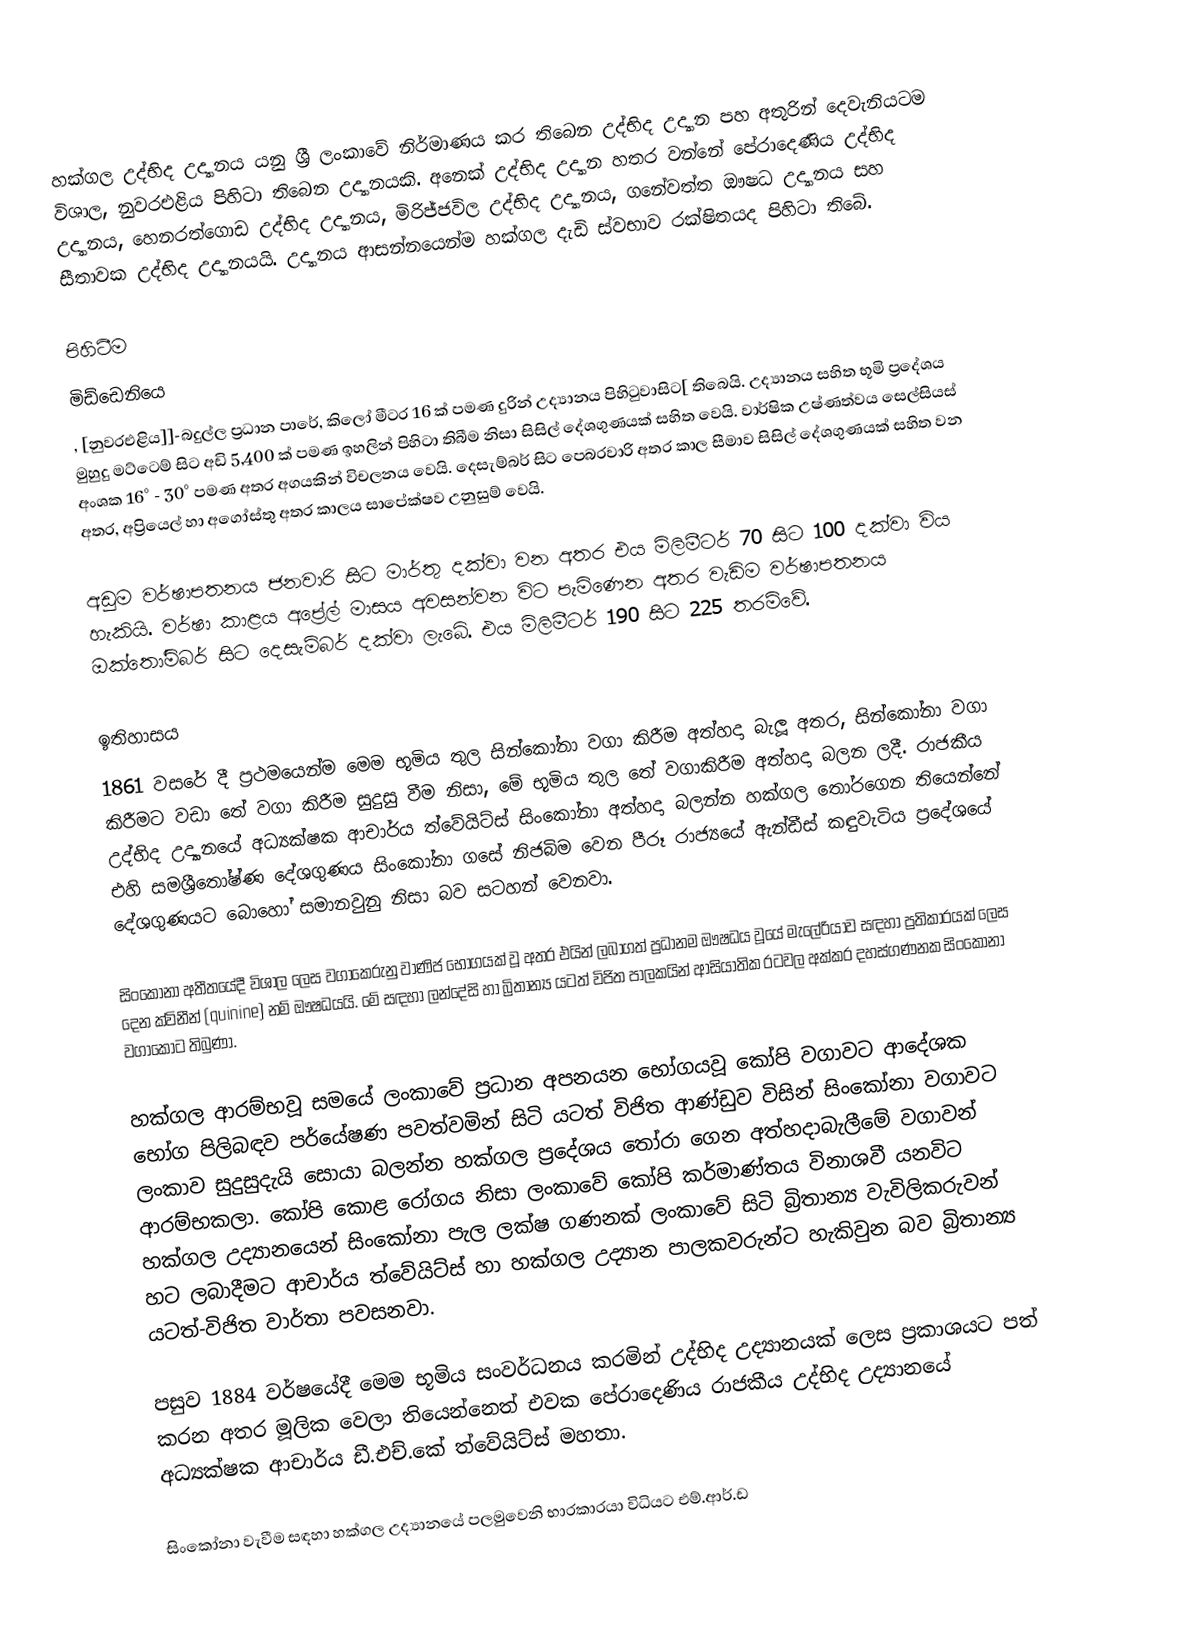
හක්ගල උද්භිද උද්‍යානය යනු ශ්‍රී ලංකාවේ නිර්මාණය කර තිබෙන උද්භිද උද්‍යාන පහ අතුරින් දෙවැනියටම විශාල, නුවරඑළිය පිහිටා තිබෙන උද්‍යානයකි. අනෙක් උද්භිද උද්‍යාන හතර වන්නේ පේරාදෙණිය උද්භිද උද්‍යානය, හෙනරත්ගොඩ උද්භිද උද්‍යානය, මිරිජ්ජවිල උද්භිද උද්‍යානය, ගනේවත්ත ඖෂධ උද්‍යානය සහ සීතාවක උද්භිද උද්‍යානයයි. උද්‍යානය ආසන්නයෙන්ම හක්ගල දැඩි ස්වභාව රක්ෂිතයද පිහිටා තිබේ.

පිහිටීම
මිඩ්ඩෙනියෙ
 , [නුවරඑළිය]]-බදුල්ල ප්‍රධාන පාරේ, කිලෝ මීටර 16 ක් පමණ දුරින් උද්‍යානය පිහිටුවාසිට[ තිබෙයි. උද්‍යානය සහිත භූමි ප්‍රදේශය මුහුදු මට්ටෙම් සිට අඩි 5,400 ක් පමණ ඉහලින් පිහිටා තිබීම නිසා සිසිල් දේශගුණයක් සහිත වෙයි. වාර්ෂික උෂ්ණත්වය සෙල්සියස් අංශක 16° - 30° පමණ අතර අගයකින් විචලනය වෙයි. දෙසැම්බර් සිට පෙබරවාරි අතර කාල සීමාව සිසිල් දේශගුණයක් සහිත වන අතර, අප්‍රියෙල් හා අගෝස්තු අතර කාලය සාපේක්ෂව උනුසුම් වෙයි.

අඩුම වර්ෂාපතනය ජනවාරි සිට මාර්තු දක්වා වන අතර එය මිලිමීටර් 70 සිට 100 දක්වා විය හැකියි. වර්ෂා කාළය අප්‍රේල් මාසය අවසන්වන විට පැමිණෙන අතර වැඩිම වර්ෂාපතනය ඔක්තෝම්බර් සිට දෙසැම්බර් දක්වා ලැබේ. එය මිලිමීටර් 190 සිට 225 තරම්වේ.

ඉතිහාසය
1861 වසරේ දී ප්‍රථමයෙන්ම මෙම භූමිය තුල සින්කෝනා වගා කිරීම අත්හදා බැලූ අතර, සින්කෝනා වගා කිරීමට වඩා තේ වගා කිරීම සුදුසු වීම නිසා, මේ භූමිය තුල තේ වගාකිරීම අත්හදා බලන ලදී. රාජකීය උද්භිද උද්‍යානයේ අධ්‍යක්ෂක ආචාර්ය ත්වේයිට්ස් සිංකෝනා අත්හදා බලන්න හක්ගල තෝරගෙන තියෙන්නේ එහි සමශ්‍රීතෝෂ්ණ දේශගුණය සිංකෝනා ගසේ නිජබිම වෙන පීරූ රාජ්‍යයේ ඇන්ඩීස් කඳුවැටිය ප්‍රදේශයේ දේශගුණයට බොහෝ සමානවුනු නිසා බව සටහන් වෙනවා.

සිංකෝනා අතීතයේදී විශාල ලෙස වගාකෙරුනු වාණිජ භෝගයක් වූ අතර එයින් ලබාගත් ප්‍රධානම ඖෂධය වූයේ මැලේරියාව සඳහා ප්‍රතිකාරයක් ලෙස දෙන ක්විනීන් (quinine) නම් ඖෂධයයි. මේ සඳහා ලන්දේසි හා බ්‍රිතාන්‍ය යටත් විජිත පාලකයින් ආසියාතික රටවල අක්කර දහස්ගණනක සිංකෝනා වගාකොට තිබුණා.

හක්ගල ආරම්භවූ සමයේ ලංකාවේ ප්‍රධාන අපනයන භෝගයවූ කෝපි වගාවට ආදේශක භෝග පිලිබඳව පර්යේෂණ පවත්වමින් සිටි යටත් විජිත ආණ්ඩුව විසින් සිංකෝනා වගාවට ලංකාව සුදුසුදැයි සොයා බලන්න හක්ගල ප්‍රදේශය තෝරා ගෙන අත්හදාබැලීමේ වගාවන් ආරම්භකලා. කෝපි කොළ රෝගය නිසා ලංකාවේ කෝපි කර්මාණ්තය විනාශවී යනවිට හක්ගල උද්‍යානයෙන් සිංකෝනා පැල ලක්ෂ ගණනක් ලංකාවේ සිටි බ්‍රිතාන්‍ය වැවිලිකරුවන් හට ලබාදීමට ආචාර්ය ත්වේයිට්ස් හා හක්ගල උද්‍යාන පාලකවරුන්ට හැකිවුන බව බ්‍රිතාන්‍ය යටත්-විජිත වාර්තා පවසනවා.

පසුව 1884 වර්ෂයේදී මෙම භූමිය සංවර්ධනය කරමින් උද්භිද උද්‍යානයක් ලෙස ප්‍රකාශයට පත් කරන අතර  මූලික වෙලා තියෙන්නෙත් එවක පේරාදෙණිය රාජකීය උද්භිද උද්‍යානයේ අධ්‍යක්ෂක  ආචාර්ය ඩී.එච්.කේ ත්වේයිට්ස් මහතා.

සිංකෝනා වැවීම සඳහා හක්ගල උද්‍යානයේ පලමුවෙනි භාරකාරයා විධියට  එම්.ආර්.ඩ